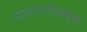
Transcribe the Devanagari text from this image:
नाट्यसंगीतामुळे